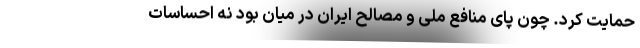
حمایت کرد. چون پای منافع ملی و مصالح ایران در میان بود نه احساسات